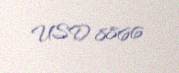
USD 8866